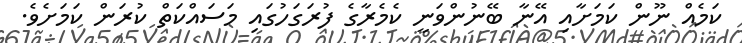
ކަމެއް ނޫން ކަމަށާއި އޭނާ ބޭނުންވަނީ ކެމެރާގެ ފުރަގަހުގައި މަސައްކަތް ކުރަން ކަމަށެވެ.